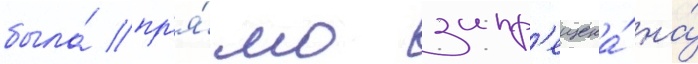
была́ пр'я́мо запр'ещена́ на́